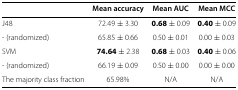
<table><thead><tr><td><b> </b></td><td><b>Mean accuracy</b></td><td><b>Mean AUC</b></td><td><b>Mean MCC</b></td></tr></thead><tbody><tr><td>J48</td><td>72.49±3.30</td><td><b>0.68</b>±0.09</td><td><b>0.40</b>±0.09</td></tr><tr><td>- (randomized)</td><td>65.85±0.66</td><td>0.50±0.01</td><td>0.00±0.03</td></tr><tr><td>SVM</td><td><b>74.64</b>±2.38</td><td><b>0.68</b>±0.03</td><td><b>0.40</b>±0.06</td></tr><tr><td>- (randomized)</td><td>66.19±0.09</td><td>0.50±0.00</td><td>0.00±0.00</td></tr><tr><td>The majority class fraction</td><td>65.98<i>%</i></td><td>N/A</td><td>N/A</td></tr></tbody></table>